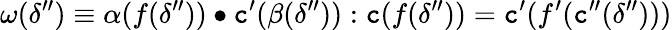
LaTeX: \omega(\delta^{\prime\prime})\equiv\alpha(f(\delta^{\prime\prime}))\bullet\textnormal{\texttt{c}}^{\prime}(\beta(\delta^{\prime\prime})):\textnormal{\texttt{c}}(f(\delta^{\prime\prime}))=\textnormal{\texttt{c}}^{\prime}(f^{\prime}(\textnormal{\texttt{c}}^{\prime\prime}(\delta^{\prime\prime})))